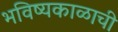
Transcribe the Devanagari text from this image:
भविष्यकाळाची